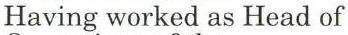
Having worked as Head of